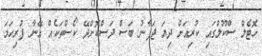
ހޮޓެލް ސްކޫލްގައި ކުރިއަށް ދިޔަ ޖަޕާނު ބަސް ދަސްކޮށްދޭ ކޯސްތަކެއް އޭނާ ފުރިހަމަ